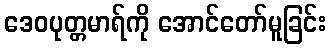
ဒေဝပုတ္တမာရ်ကို အောင်တော်မူခြင်း